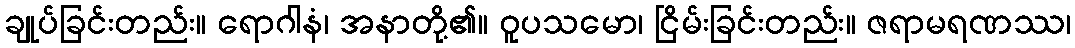
ချုပ်ခြင်းတည်း။ ရောဂါနံ၊ အနာတို့၏။ ဝူပသမော၊ ငြိမ်းခြင်းတည်း။ ဇရာမရဏဿ၊